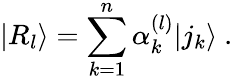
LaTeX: |R_{l}\rangle=\sum_{k=1}^{n}\alpha_{k}^{(l)}|j_{k}\rangle\ .